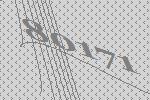
80171